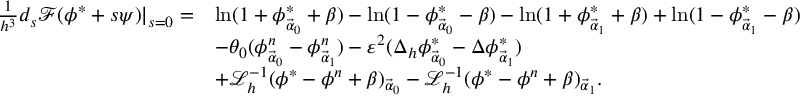
\begin{array} { r l } { \frac { 1 } { h ^ { 3 } } d _ { s } \mathcal { F } ( \phi ^ { * } + s \psi ) | _ { s = 0 } = } & { \ln ( 1 + \phi _ { \vec { \alpha } _ { 0 } } ^ { * } + \beta ) - \ln ( 1 - \phi _ { \vec { \alpha } _ { 0 } } ^ { * } - \beta ) - \ln ( 1 + \phi _ { \vec { \alpha } _ { 1 } } ^ { * } + \beta ) + \ln ( 1 - \phi _ { \vec { \alpha } _ { 1 } } ^ { * } - \beta ) } \\ & { - \theta _ { 0 } ( \phi _ { \vec { \alpha } _ { 0 } } ^ { n } - \phi _ { \vec { \alpha } _ { 1 } } ^ { n } ) - \varepsilon ^ { 2 } ( \Delta _ { h } \phi _ { \vec { \alpha } _ { 0 } } ^ { * } - \Delta \phi _ { \vec { \alpha } _ { 1 } } ^ { * } ) } \\ & { + \mathcal { L } _ { h } ^ { - 1 } ( \phi ^ { * } - \phi ^ { n } + \beta ) _ { \vec { \alpha } _ { 0 } } - \mathcal { L } _ { h } ^ { - 1 } ( \phi ^ { * } - \phi ^ { n } + \beta ) _ { \vec { \alpha } _ { 1 } } . } \end{array}